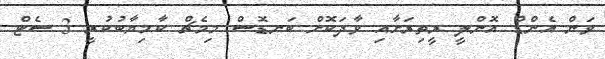
ވަން އެންޑް އޮންލީ ރީތިރަށާއި ވާދަކޮށް ބަނޑޮސް މިމެޗް ކާމިޔާބުކުރީ 3 ސެޓް